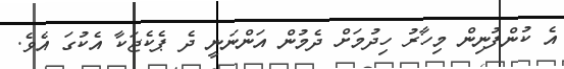
އެ ކުންފުނިން މިހާރު ހިދުމަށް ދެމުން އަންނަނީ ދެ ޕެކެޖަކާ އެކުގަ އެވެ.